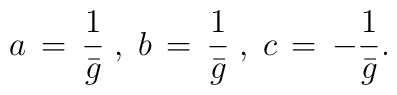
a\,=\, \frac{1}{\bar{g}}\;,\;  b\,=\, \frac{1}{\bar{g}}\;,\;  c\,=\, -\frac{1}{\bar{g}}.